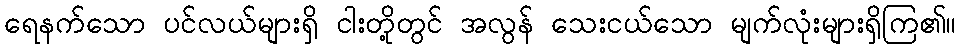
ရေနက်သော ပင်လယ်များရှိ ငါးတို့တွင် အလွန် သေးငယ်သော မျက်လုံးများရှိကြ၏။